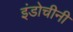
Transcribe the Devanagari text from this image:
इंडोचीनी